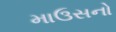
માઉસનો